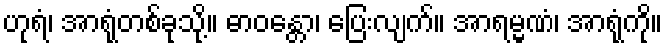
ဟုရံ၊ အာရုံတစ်ခုသို့။ ဓာဝန္တော၊ ပြေးလျက်။ အာရမ္မဏံ၊ အာရုံကို။